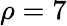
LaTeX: \rho=7